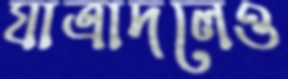
যাত্রাদলেও